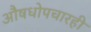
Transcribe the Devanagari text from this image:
औषधोपचारही